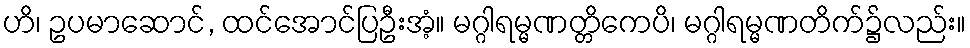
ဟိ၊ ဥပမာဆောင်, ထင်အောင်ပြဦးအံ့။ မဂ္ဂါရမ္မဏတ္တိကေပိ၊ မဂ္ဂါရမ္မဏတိက်၌လည်း။